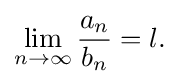
\lim _{n\to \infty }{\frac {a_{n}}{b_{n}}}=l.\